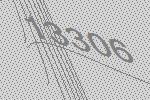
13306